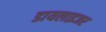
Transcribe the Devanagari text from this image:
डायलाइजर